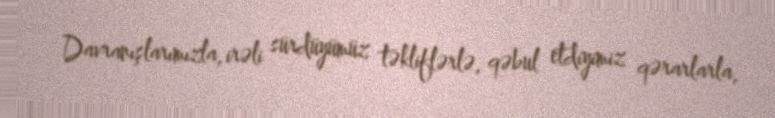
Davranışlarımızla, irəli sürdüyümüz təkliflərlə, qəbul etdiyimiz qərarlarla,